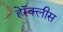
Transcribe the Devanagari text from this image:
हेरॅक्लीस